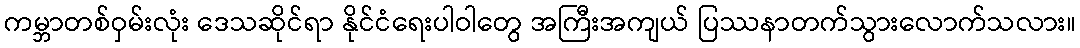
ကမ္ဘာတစ်ဝှမ်းလုံး ဒေသဆိုင်ရာ နိုင်ငံရေးပါဝါတွေ အကြီးအကျယ် ပြဿနာတက်သွားလောက်သလား။